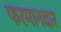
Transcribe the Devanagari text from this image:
फरमानदार